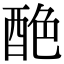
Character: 𨠶